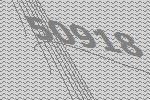
50918